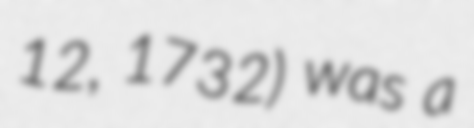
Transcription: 12, 1732) was a